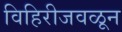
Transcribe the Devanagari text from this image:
विहिरीजवळून